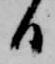
日